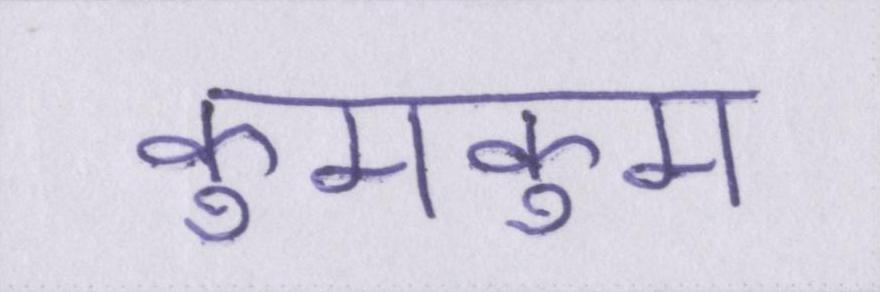
कुमकुम